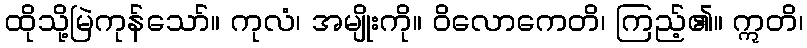
ထိုသို့မြဲကုန်သော်။ ကုလံ၊ အမျိုးကို။ ဝိလောကေတိ၊ ကြည့်၏။ ဣတိ၊